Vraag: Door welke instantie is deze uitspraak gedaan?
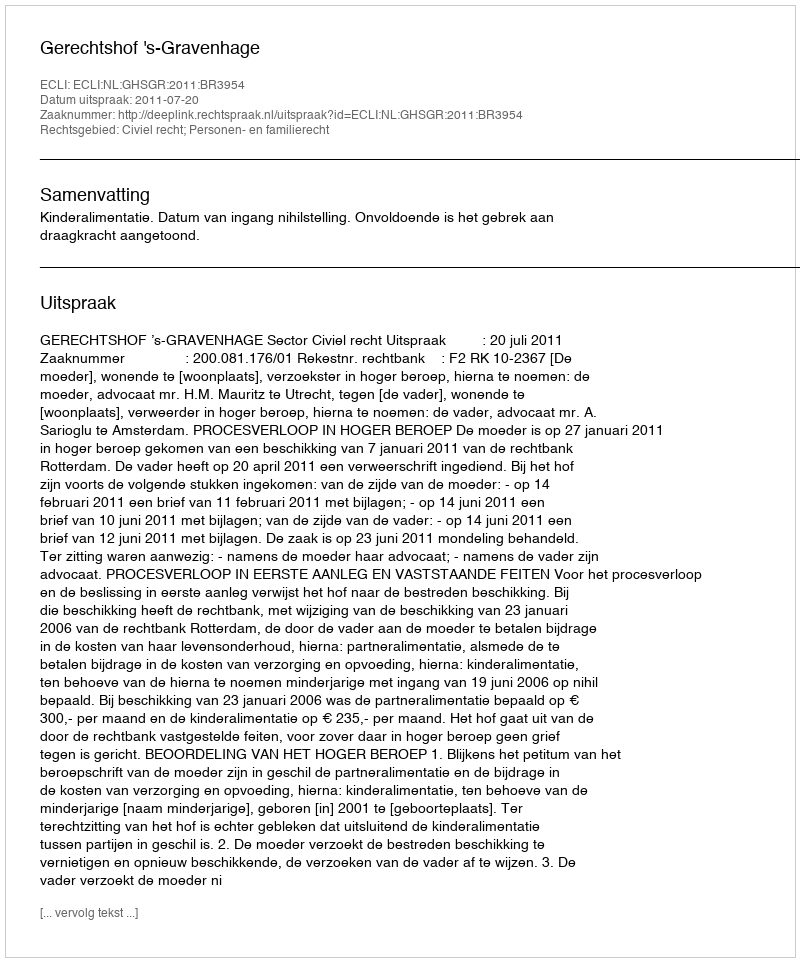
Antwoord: Gerechtshof 's-Gravenhage